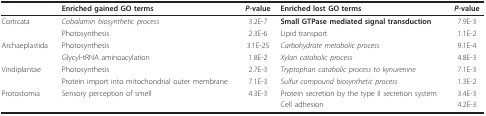
<table><thead><tr><td></td><td><b>Enriched gained GO terms</b></td><td><b><i>P</i>-value</b></td><td><b>Enriched lost GO terms</b></td><td><b><i>P</i>-value</b></td></tr></thead><tbody><tr><td>Corticata</td><td><i>Cobalamin biosynthetic process</i></td><td>3.2E-7</td><td><b>Small GTPase mediated signal transduction</b></td><td>7.9E-3</td></tr><tr><td></td><td>Photosynthesis</td><td>2.3E-6</td><td>Lipid transport</td><td>1.1E-2</td></tr><tr><td>Archaeplastida</td><td>Photosynthesis</td><td>3.1E-25</td><td><i>Carbohydrate metabolic process</i></td><td>9.1E-4</td></tr><tr><td></td><td>Glycyl-tRNA aminoacylation</td><td>1.8E-2</td><td><i>Xylan catabolic process</i></td><td>4.8E-3</td></tr><tr><td>Viridiplantae</td><td>Photosynthesis</td><td>2.7E-3</td><td><i>Tryptophan catabolic process to kynurenine</i></td><td>7.1E-3</td></tr><tr><td></td><td>Protein import into mitochondrial outer membrane</td><td>7.1E-3</td><td><i>Sulfur compound biosynthetic process</i></td><td>1.3E-2</td></tr><tr><td>Protostomia</td><td>Sensory perception of smell</td><td>4.3E-3</td><td>Protein secretion by the type II secretion system</td><td>3.4E-3</td></tr><tr><td></td><td></td><td></td><td>Cell adhesion</td><td>4.2E-3</td></tr></tbody></table>